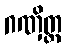
ဂဏှိတ္ထ